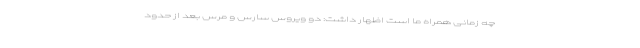
چه زمانی همراه ما است اظهار داشت: دو ویروس سارس و مرس بعد از حدود